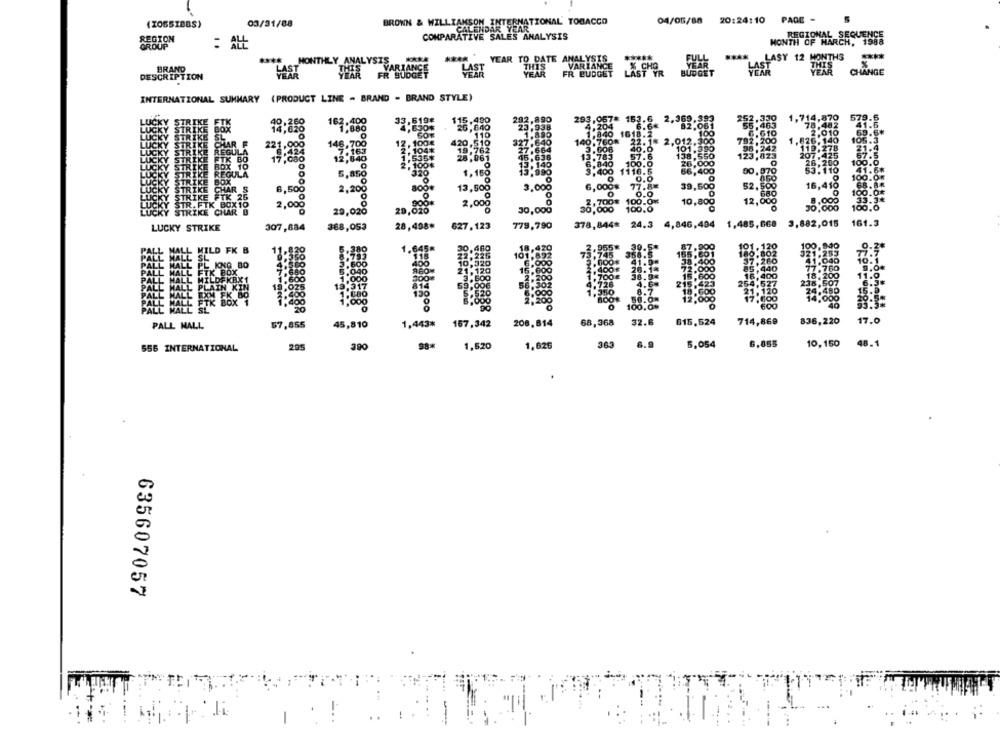
03/31/88
BROWN & WILLIAMSON INTERNATIONAL TOBACCO
04/05/88 20:24:10
PAGE -
(2055I88S)
CALENDAR YEAR
COMPARATIVE SALES ANALYSIS
REGIONAL SEQUENCE
MONTH OF MARCH, 1988
....
YEAR TO DATE ANALYSIS
LASY 12
****
BRAND
MONTHLY
THIS
VARIANCE
DESCRIPTION
LAST
YEAR
FR BUDGET
CHANGE
INTERNATIONAL SUMMARY (PRODUCT LINE - BRAND - BRAND STYLE)
33,5198
1,880
HAR
221,000
REGUL
146,700
7.163
STRIK
ETX BO
17,080
12,840
10
STRIKE BO
TRIKE
STRIKE CHAR
6,500
IK 25
0
2,200
STR. FIK BOX 10
STRIKE CHAR B
2,000
29,020
388,053
28,498*
627, 123
LUCKY STRIKE
307,684
MILD FK B
356.5
KNQ 80
BOX
2.400£
215.423
8.600
12,000
< BON
PALL MALL SL"
45,810
157,342
208.814
68,368
32.6
615.524
714,869
836,220
17.0
PALL MALL
57,855
1,443*
295
390
98*
1,520
1,626
363
8.9
5,054
6.855
10, 150
48.1
556 INTERNATIONAL
635607057
-